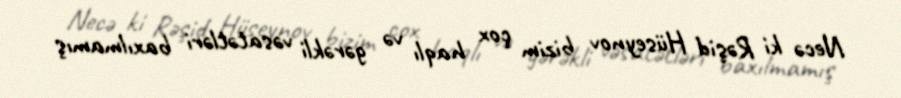
Necə ki Rəşid Hüseynov bizim çox haqlı və gərəkli vəsatətləri baxılmamış